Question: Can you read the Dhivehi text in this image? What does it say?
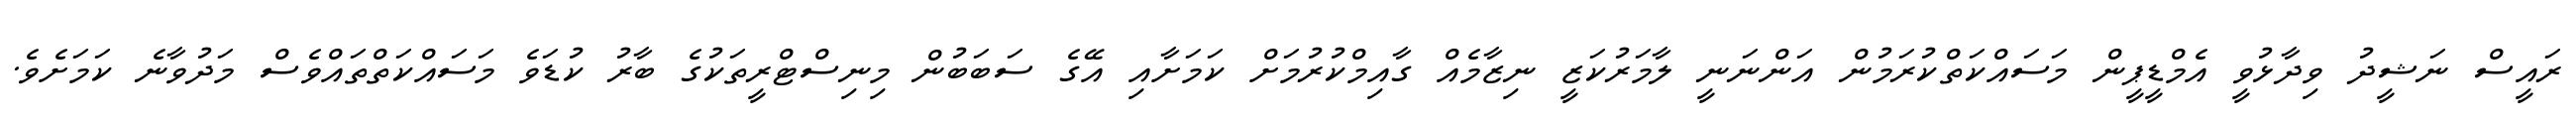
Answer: ރައީސް ނަޝީދު ވިދާޅުވީ އެމްޑީޕީން މަސައްކަތްކުރަމުން އަންނަނީ ލާމަރުކަޒީ ނިޒާމެއް ގާއިމްކުރުމަށް ކަމަށާއި އޭގެ ސަބަބުން މިނިސްޓްރީތަކުގެ ބާރު ކުޑަވެ މަސައްކަތްތައްވެސް މަދުވާނެ ކަމަށެވެ.